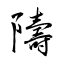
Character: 隯